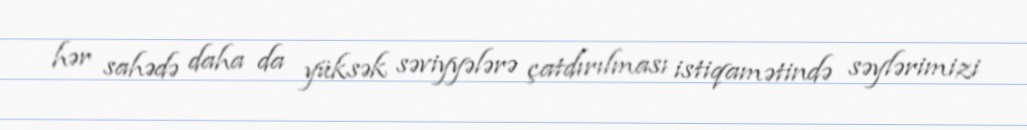
hər sahədə daha da yüksək səviyyələrə çatdırılması istiqamətində səylərimizi